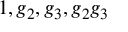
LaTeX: \, 1 , g _ { 2 } , g _ { 3 } , g _ { 2 } g _ { 3 }